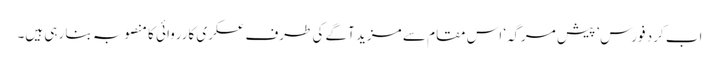
اب کرد فورس ’پیش مرگہ‘ اس مقام سے مزید آگے کی طرف عسکری کارروائی کا منصوبہ بنا رہی ہیں۔